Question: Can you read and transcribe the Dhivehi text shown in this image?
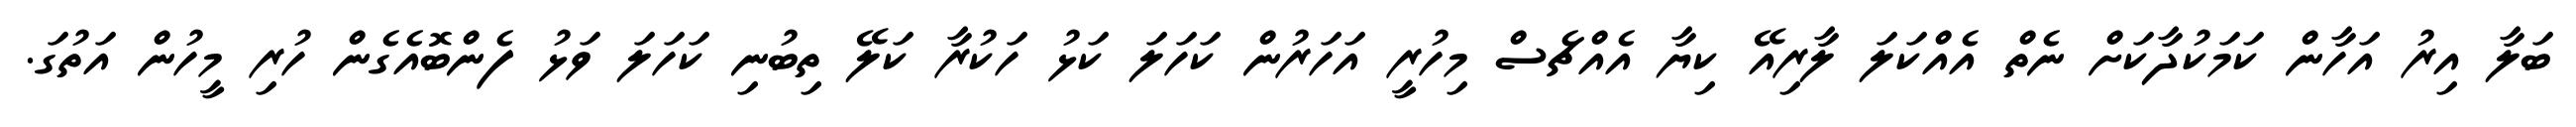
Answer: ބަލާ އިރު އަހާން ކަމަކުދާކަށް ނެތް އެއްކަލަ ލާރިއޭ ކިޔާ އެއްޗެސް މިހުރީ އަހަރުން ކަހަލަ ކަޅު ހަކުރާ ކަލޭ ތިބުނި ކަހަލަ ވަޅު ފެންބޮއެގެން ހުރި މީހުން އަތުގަ.